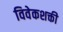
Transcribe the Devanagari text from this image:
विवेकशक्ती